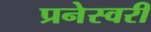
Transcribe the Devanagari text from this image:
प्रनेस्वरी